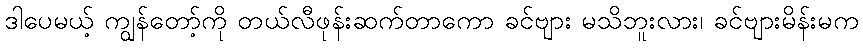
ဒါပေမယ့် ကျွန်တော့်ကို တယ်လီဖုန်းဆက်တာကော ခင်ဗျား မသိဘူးလား၊ ခင်ဗျားမိန်းမက